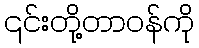
၎င်းတို့တာဝန်ကို